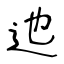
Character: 迆